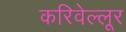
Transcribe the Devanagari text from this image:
करिवेल्लूर